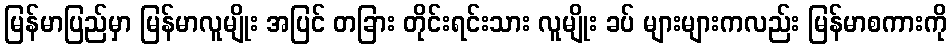
မြန်မာပြည်မှာ မြန်မာလူမျိုး အပြင် တခြား တိုင်းရင်းသား လူမျိုး ခပ် များများကလည်း မြန်မာစကားကို